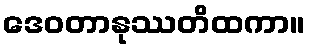
ဒေဝတာနုဿတိထကာ။